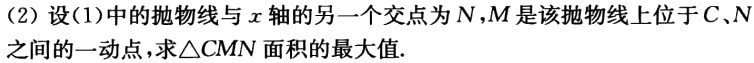
(2) 设(1)中的抛物线与\(x\)轴的另一个交点为\(N\)，\(M\)是该抛物线上位于\(C\)、\(N\)之间的一动点，求\(\triangle CMN\)面积的最大值.